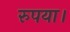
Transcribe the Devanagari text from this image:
रुपया।